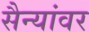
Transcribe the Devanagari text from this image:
सैन्यांवर